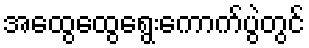
အထွေထွေရွေးကောက်ပွဲတွင်